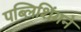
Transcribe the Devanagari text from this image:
पब्लिशिंगने